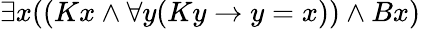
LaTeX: \exists x((Kx\land\forall y(Ky\rightarrow y=x))\land Bx)